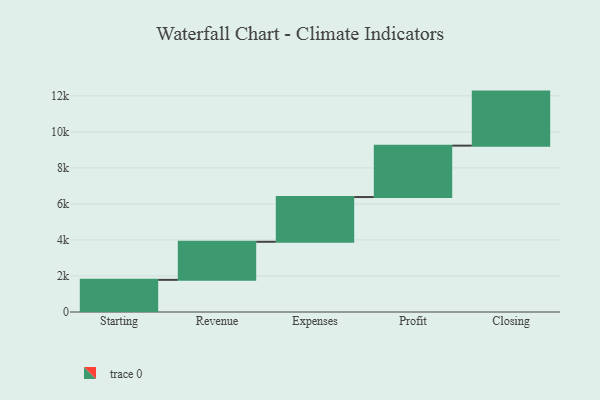
{"axis": {"x": "Step", "y": "Value"}, "legend": [""], "data": [{"x": "Starting", "y": 1785.0, "type": ""}, {"x": "Revenue", "y": 2113.0, "type": ""}, {"x": "Expenses", "y": 2484.0, "type": ""}, {"x": "Profit", "y": 2854.0, "type": ""}, {"x": "Closing", "y": 3000, "type": ""}]}